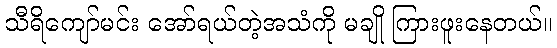
သီရိကျော်မင်း အော်ရယ်တဲ့အသံကို မချို ကြားဖူးနေတယ်။